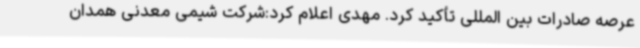
عرصه صادرات بین المللی تأکید کرد. مهدی اعلام کرد:شرکت شیمی معدنی همدان